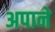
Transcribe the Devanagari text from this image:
अपाने